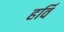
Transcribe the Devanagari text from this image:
हर्वि